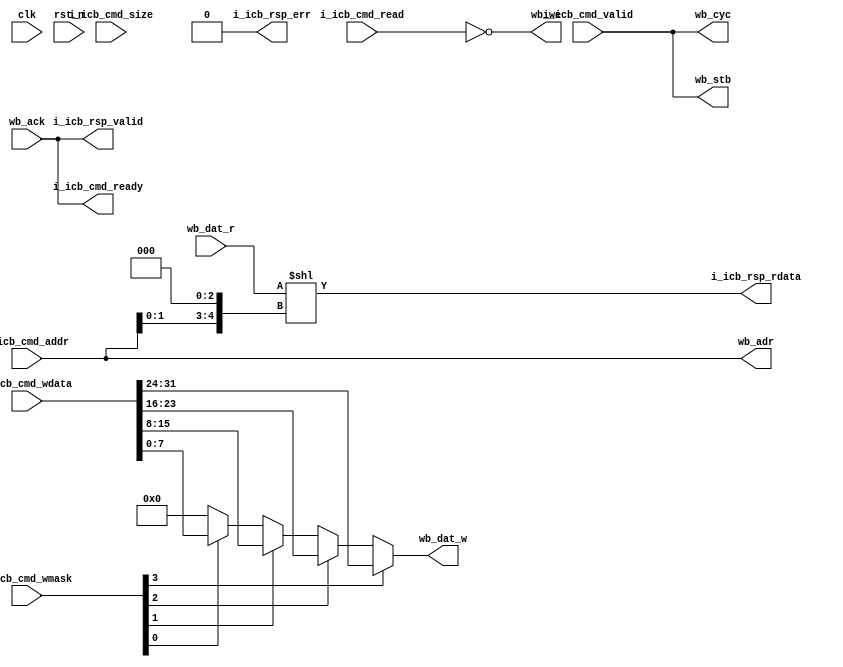
module n101_gnrl_icb32towishb8 # (
  parameter AW = 32 
) (
  input              i_icb_cmd_valid, 
  output             i_icb_cmd_ready, 
  input              i_icb_cmd_read, 
  input  [AW-1:0]    i_icb_cmd_addr, 
  input  [32-1:0]    i_icb_cmd_wdata, 
  input  [4-1:0]  i_icb_cmd_wmask,
  input  [1:0]       i_icb_cmd_size,

  output             i_icb_rsp_valid, 
  
  output             i_icb_rsp_err,
  output [32-1:0]    i_icb_rsp_rdata, 
  
  
  output  [AW-1:0] wb_adr,     
  output  [8-1:0]  wb_dat_w,   
  input   [8-1:0]  wb_dat_r,   
  output           wb_we,      
  output           wb_stb,     
  output           wb_cyc,     
  input            wb_ack,     

  input  clk,  
  input  rst_n
  );

  assign wb_adr   = i_icb_cmd_addr;
  assign wb_we    = ~i_icb_cmd_read;

  
  assign wb_dat_w = 
             i_icb_cmd_wmask[3] ? i_icb_cmd_wdata[31:24] :
             i_icb_cmd_wmask[2] ? i_icb_cmd_wdata[23:16] :
             i_icb_cmd_wmask[1] ? i_icb_cmd_wdata[15:8] :
             i_icb_cmd_wmask[0] ? i_icb_cmd_wdata[7:0] :
                                  8'b0;
             
             
  wire  [32-1:0]  wb_dat_r_remap = 
                 {24'b0,wb_dat_r} << {i_icb_cmd_addr[1:0],3'b0};
             

  assign wb_stb          = i_icb_cmd_valid;
  assign wb_cyc          = i_icb_cmd_valid;
  assign i_icb_cmd_ready = wb_ack;
  assign i_icb_rsp_valid = wb_ack;
  assign i_icb_rsp_rdata = wb_dat_r_remap;


  assign i_icb_rsp_err = 1'b0;

endmodule